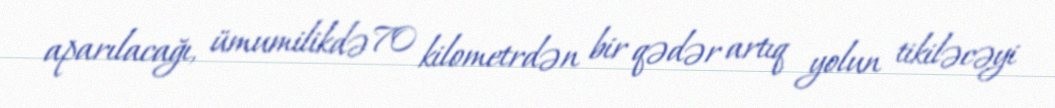
aparılacağı, ümumilikdə 70 kilometrdən bir qədər artıq yolun tikiləcəyi